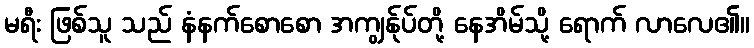
မရီး ဖြစ်သူ သည် နံနက်စောစော အကျွန်ုပ်တို့ နေအိမ်သို့ ရောက် လာလေ၏။